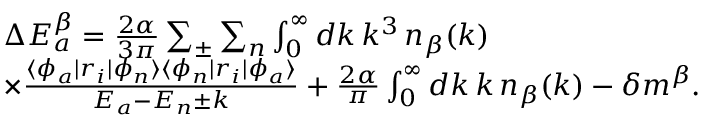
\begin{array} { r l } & { \qquad \Delta E _ { a } ^ { \beta } = \frac { 2 \alpha } { 3 \pi } \sum _ { \pm } \sum _ { n } \int _ { 0 } ^ { \infty } d k \, k ^ { 3 } \, n _ { \beta } ( k ) } \\ & { \qquad \times \frac { \langle \phi _ { a } | r _ { i } | \phi _ { n } \rangle \langle \phi _ { n } | r _ { i } | \phi _ { a } \rangle } { E _ { a } - E _ { n } \pm k } + \frac { 2 \alpha } { \pi } \int _ { 0 } ^ { \infty } d k \, k \, n _ { \beta } ( k ) - \delta m ^ { \beta } . } \end{array}